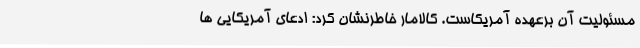
مسئولیت آن برعهده آمریکاست. کالامار خاطرنشان کرد: ادعای آمریکایی ها